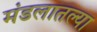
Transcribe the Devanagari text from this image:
मंडलातल्या